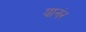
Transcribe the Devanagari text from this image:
यानंर